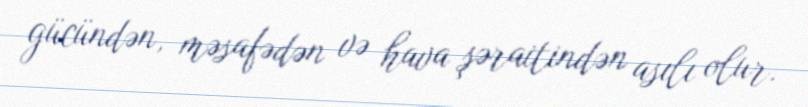
gücündən, məsafədən və hava şəraitindən asılı olur.